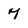
Character: 7